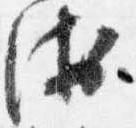
衛